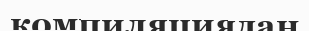
компиляциядан